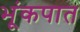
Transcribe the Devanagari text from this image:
भूंकपात